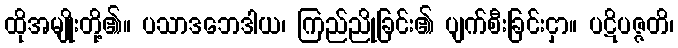
ထိုအမျိုးတို့၏။ ပသာဒဘေဒါယ၊ ကြည်ညိုခြင်း၏ ပျက်စီးခြင်းငှာ။ ပဋိပဇ္ဇတိ၊